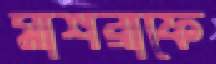
মাশরাফে